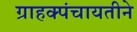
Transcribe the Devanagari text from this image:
ग्राहक्पंचायतीने